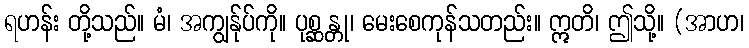
ရဟန်း တို့သည်။ မံ၊ အကျွန်ုပ်ကို။ ပုစ္ဆန္တု၊ မေးစေကုန်သတည်း။ ဣတိ၊ ဤသို့။ (အာဟ၊